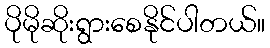
ပိုမိုဆိုးရွားစေနိုင်ပါတယ်။